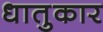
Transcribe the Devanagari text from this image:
धातुकार